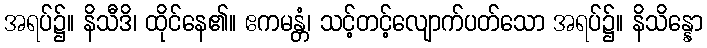
အရပ်၌။ နိသီဒိ၊ ထိုင်နေ၏။ ဧကမန္တံ၊ သင့်တင့်လျောက်ပတ်သော အရပ်၌။ နိသိန္နော